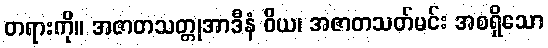
တရားကို။ အဇာတသတ္တုအာဒီနံ ဝိယ၊ အဇာတသတ်မင်း အစရှိသော